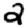
Digit: 2